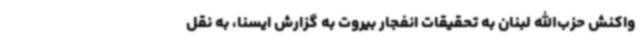
واکنش حزب‌الله لبنان به تحقیقات انفجار بیروت به گزارش ایسنا، به نقل